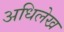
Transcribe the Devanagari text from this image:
अधिलेख